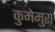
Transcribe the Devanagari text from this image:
कुमेमुरा